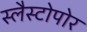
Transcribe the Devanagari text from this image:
स्लैस्टोपोर